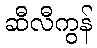
ဆီလီကွန်